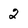
Character: 2